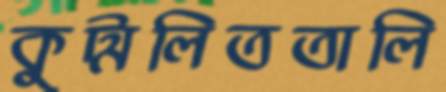
কুট্মলিততালি